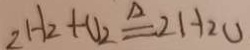
2 H _ { 2 } + O _ { 2 } \xlongequal { \Delta } 2 H _ { 2 } O